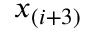
x _ { ( i + 3 ) }